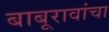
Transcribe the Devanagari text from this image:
बाबूरावांचा